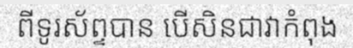
ពីទូរស័ព្ទបាន បើសិនជាវាកំពុង